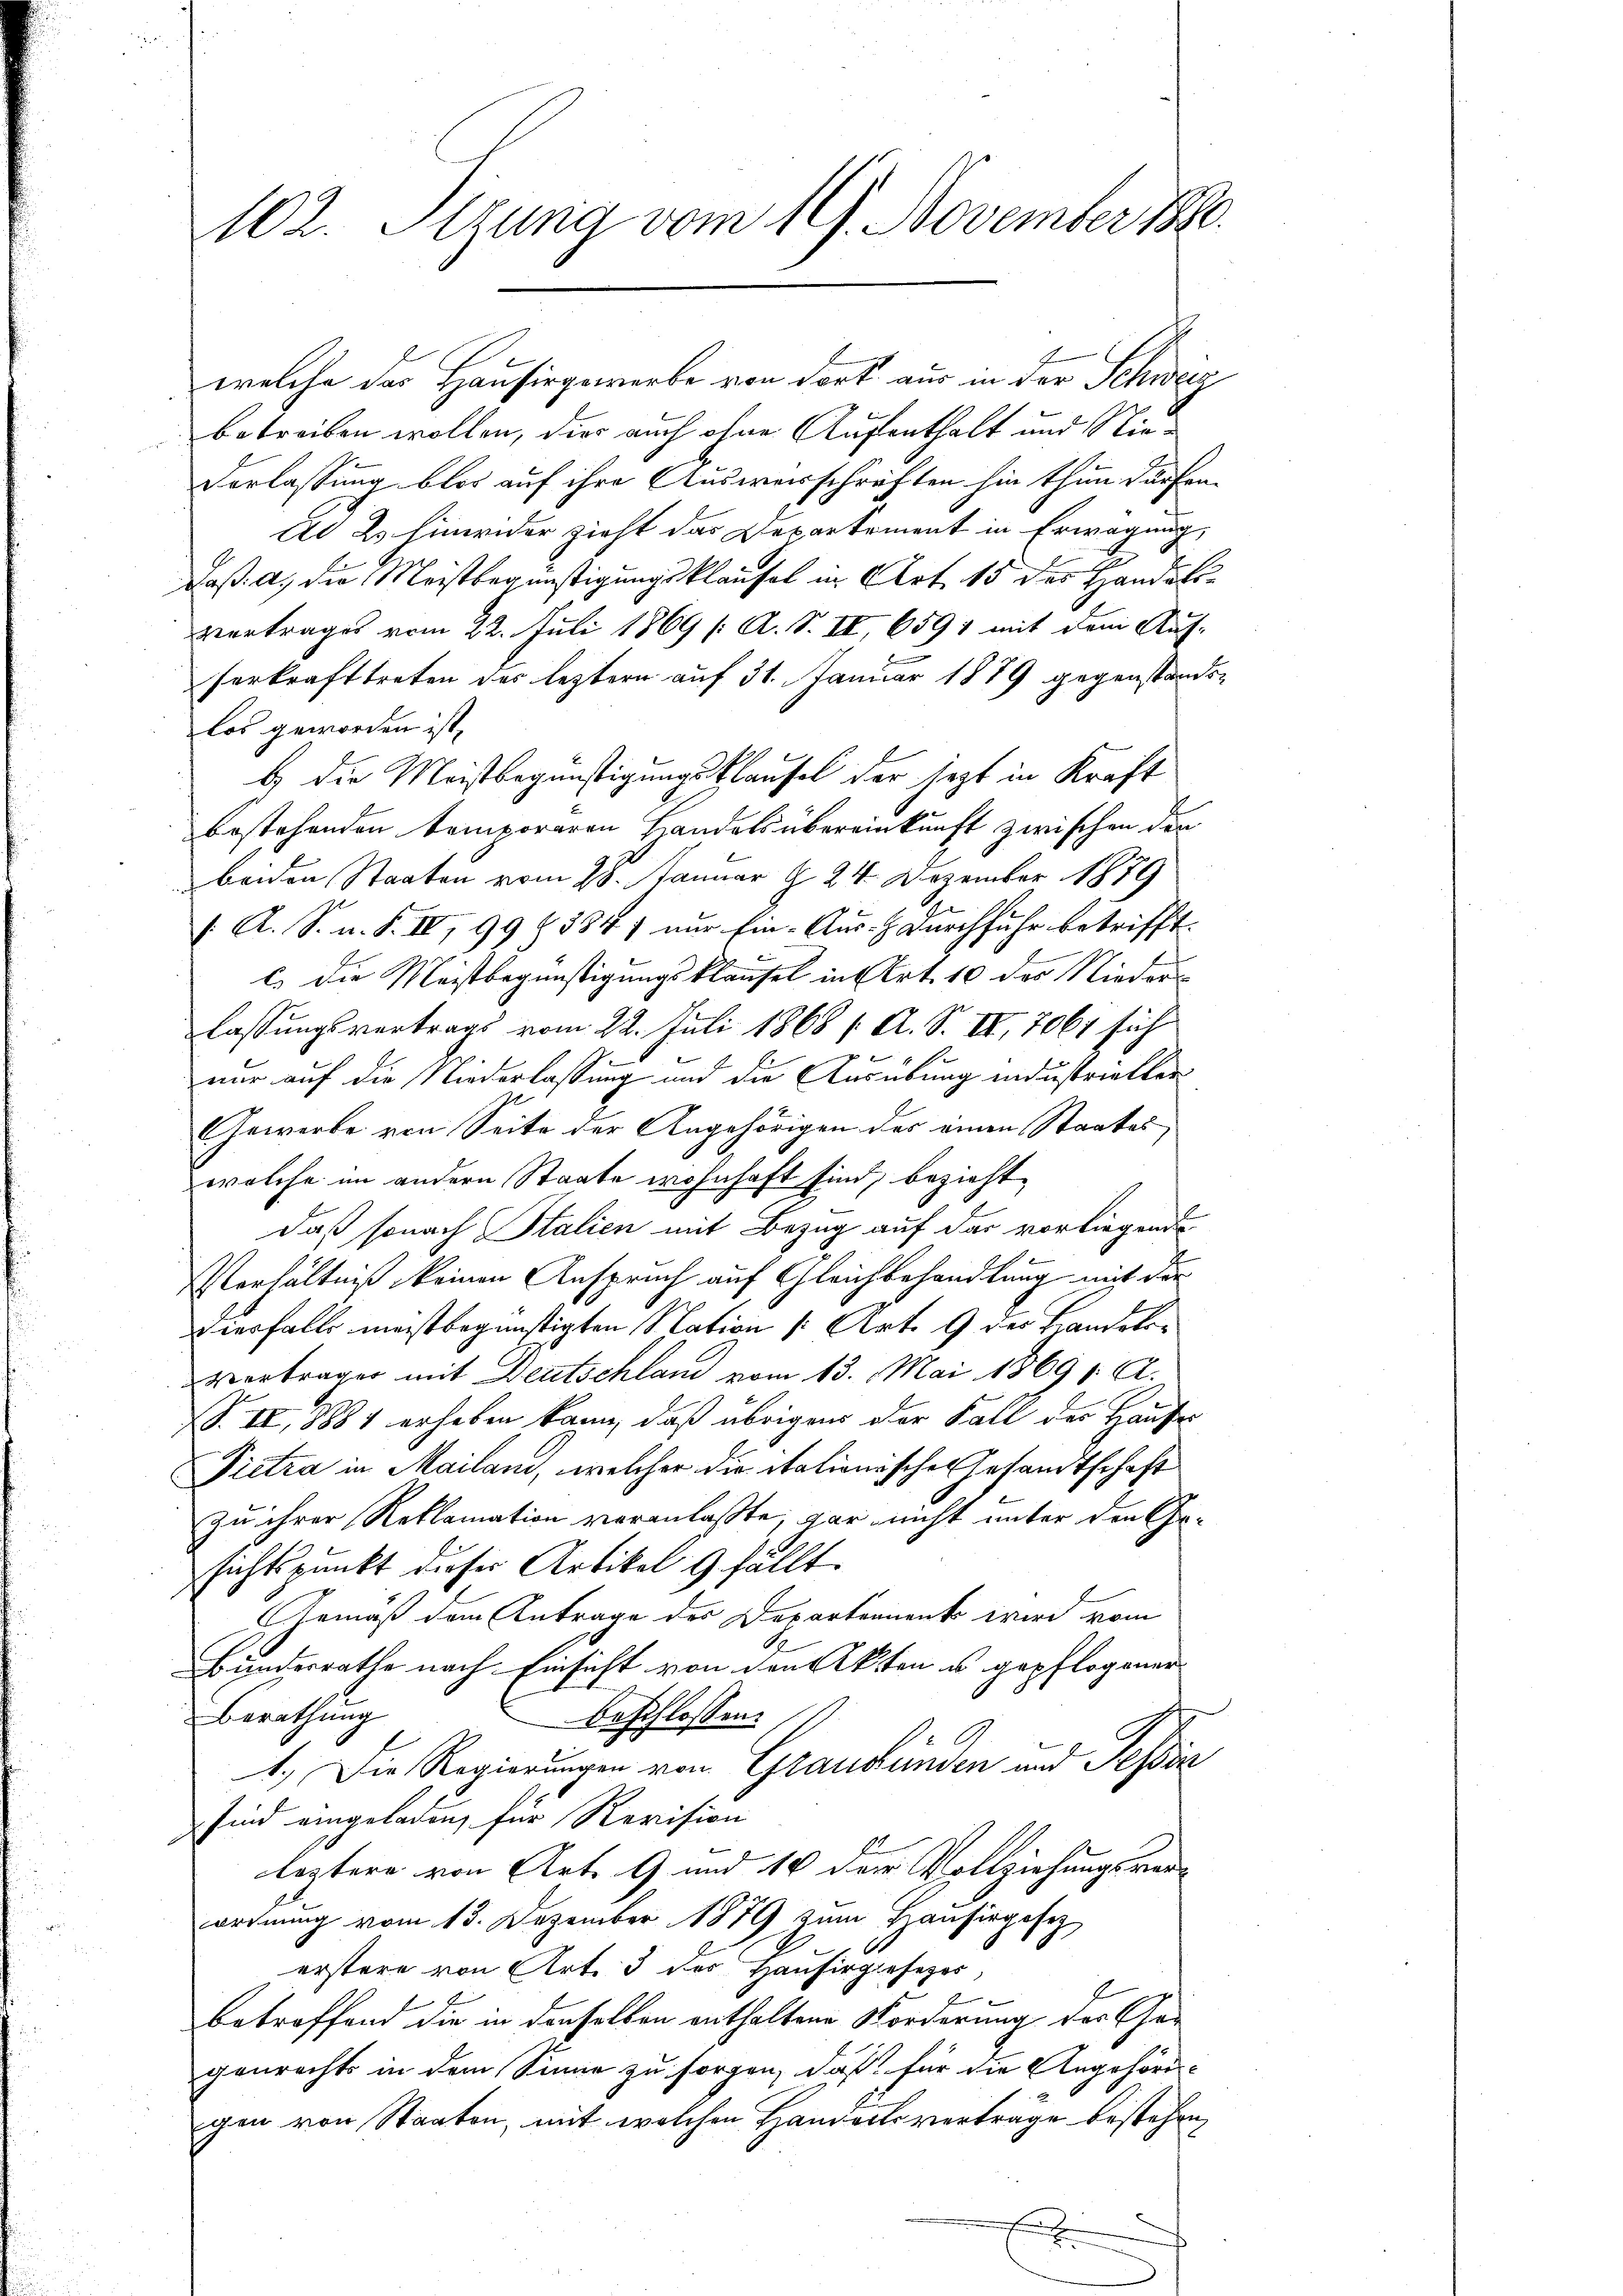
102. Sitzung vom 19. November 1890.

welche das Hausirgewerbe von dort aus in der Schweiz
betreiben wollen, dies auch ohne Aufenthalt und Nie¬
Verlassung blos auf ihre Ausweisschriften hin thun dürfen
Ad 2 hinwider zieht das Departement in Erwägung,
x
Daß a) die Meistbegünstigungsklausel in Art. 15 der Handels
vertrages vom 22. Juli 1869 /: A. S. II, 659, mit dem Auf-
serkrafttreten des leztern auf 31. Januar 1889 gegenstandlos geworden ist,
b die Meistbegünstigungsklausel der jetzt in Kraft
bestehenden temporaren Handels übereinkunft zwischen der
beiden Staaten vom 28. Januar § 24. Dezember 1879
: A. S. n. F. IV, 99 (884) nur Ein- Aus- & Durchfuhr betrifft.
l) Die Meistbegünstigungsklausel in Art. 10 des Niederlassungsvertrags vom 22. Juli 1868 / A. S. III 706 sich
nur auf die Niederlassung und die Ausübung industrieller
Gewerbe von Seite der Angehörigen der einen Staates,
welche im andern Staate wohnhaft sind, bezieht,
daß sonach Italien mit Bezug auf das vorliegende
Verhältniß keinen Anspruch auf Gleichbehandlung mit der
iesfalls meistbegünstigten Nation (Art. 9 des Handeten
vorträger mit Deutschland vom 13. Mai 1869 / A.
B. II, 18881 erhoben kann, daß übrigens der Fall des Hause
Pietra in Mailand, welcher die italionisches Gesandtschaft
zu ihrer Reklamation veranlaßte, gar nicht unter den Ersichtspunkt dieser Artikel 9 fällt.
Gemäß dem Antrage des Departement wird vom
Bundesrathe nach Einsicht von den Akten u gepflogener- |
Berathung
beschlossen:
1.) Die Regierungen von Graubünden und Tessin
sind eingeladen, für Revision
2
leztere von Art. 9 und 16 der Vollziehungsverordnung vom 13. Dezember 1879 zum Hausirgesetz
erstere von Art. 3 des Hausirgesezes,
betreffend die in denselben enthaltene Forderung der Gegenrechts in dem Sinne zu sorgen, daß für die Angehöres-
gen von Staaten, mit welchen Handerts verträge bestehen
E
Beg